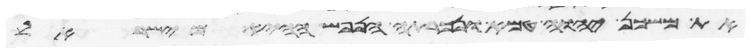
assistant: את משכן יהוה טמא ונכרתה הנפש ההיא מישראל